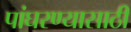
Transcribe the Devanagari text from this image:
पांघरण्यासाठी